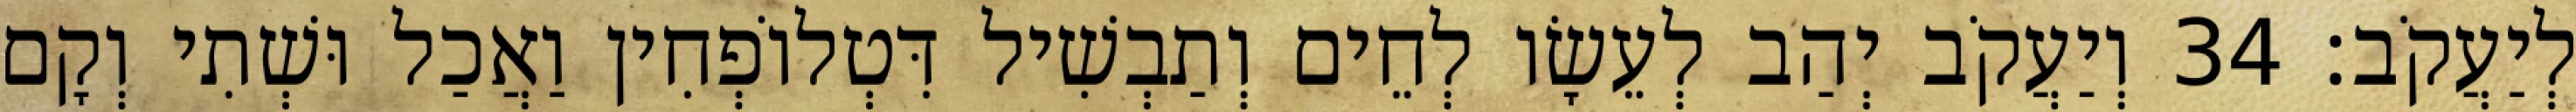
לְיַעֲקֹב׃ 34 וְיַעֲקֹב יְהַב לְעֵשָׂו לְחֵים וְתַבְשִׁיל דִּטְלוֹפְחִין וַאֲכַל וּשְׁתִי וְקָם